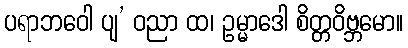
ပရာဘဝေါ ပျ’ ဝညာ ထ၊ ဥမ္မာဒေါ စိတ္တဝိဗ္ဘမော။